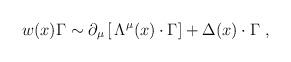
LaTeX: \begin{align*}w(x) \Gamma \sim\partial_\mu \left[ \,\Lambda^\mu (x) \cdot \Gamma \right] + \Delta(x)\cdot\Gamma \,\,, \end{align*}